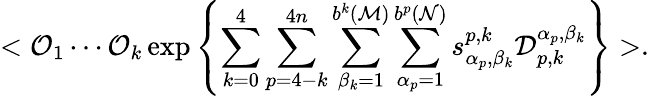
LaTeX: <{\cal O}_{1}\cdots{\cal O}_{k}\, \mathrm{exp}\left\{ \sum_{k=0}^{4}\sum_{p=4-k}^{4n}\sum_{\beta_{k}=1}^{b^{k}({\cal M})}\sum_{\alpha_{p}=1}^{b^{p}({\cal N})}s_{\alpha_{p},\beta_{k}}^{p,k}{\cal D}_{p,k}^{\alpha_{p},\beta_{k}}\right\} >.